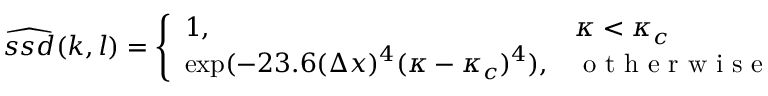
\widehat { s s d } ( k , l ) = \left\{ \begin{array} { l l } { 1 , } & { \kappa < \kappa _ { c } } \\ { \exp ( - 2 3 . 6 ( \Delta x ) ^ { 4 } ( \kappa - \kappa _ { c } ) ^ { 4 } ) , } & { \mathrm { ~ o ~ t ~ h ~ e ~ r ~ w ~ i ~ s ~ e ~ } } \end{array} \right.